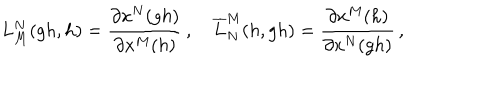
L _ { M } ^ { N } ( g h , h ) = \frac { \partial x ^ { N } ( g h ) } { \partial x ^ { M } ( h ) } \, , \quad \overline { { { L } } } _ { N } ^ { M } ( h , g h ) = \frac { \partial x ^ { M } ( h ) } { \partial x ^ { N } ( g h ) } \, ,